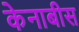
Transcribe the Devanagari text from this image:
केनाबीस